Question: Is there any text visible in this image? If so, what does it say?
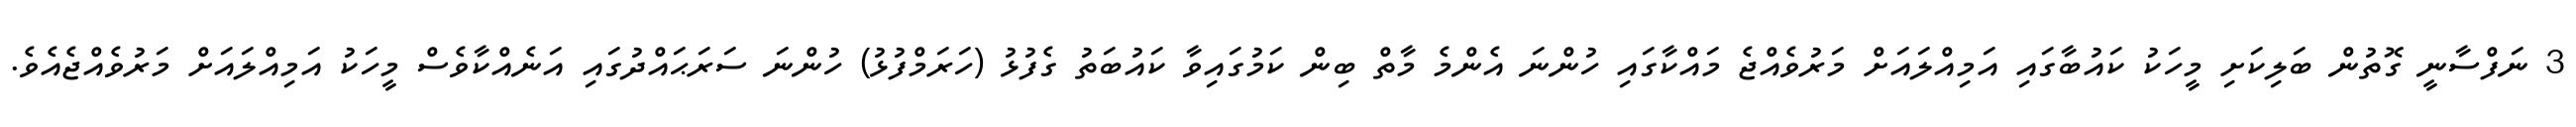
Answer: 3 ނަފްސާނީ ގޮތުން ބަލިކަށި މީހަކު ކައުބާގައި އަމިއްލައަށް މަރުވެއްޖެ މައްކާގައި ހުންނަ އެންމެ މާތް ބިން ކަމުގައިވާ ކައުބަތު ގެފުޅު (ހަރަމްފުޅު) ހުންނަ ސަރަޙައްދުގައި އަނެއްކާވެސް މީހަކު އަމިއްލައަށް މަރުވެއްޖެއެވެ.